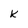
Character: k